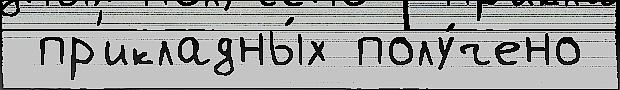
 пр'икладны́х полу́чено